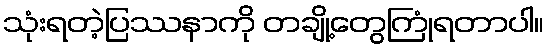
သုံးရတဲ့ပြဿနာကို တချို့တွေကြုံရတာပါ။